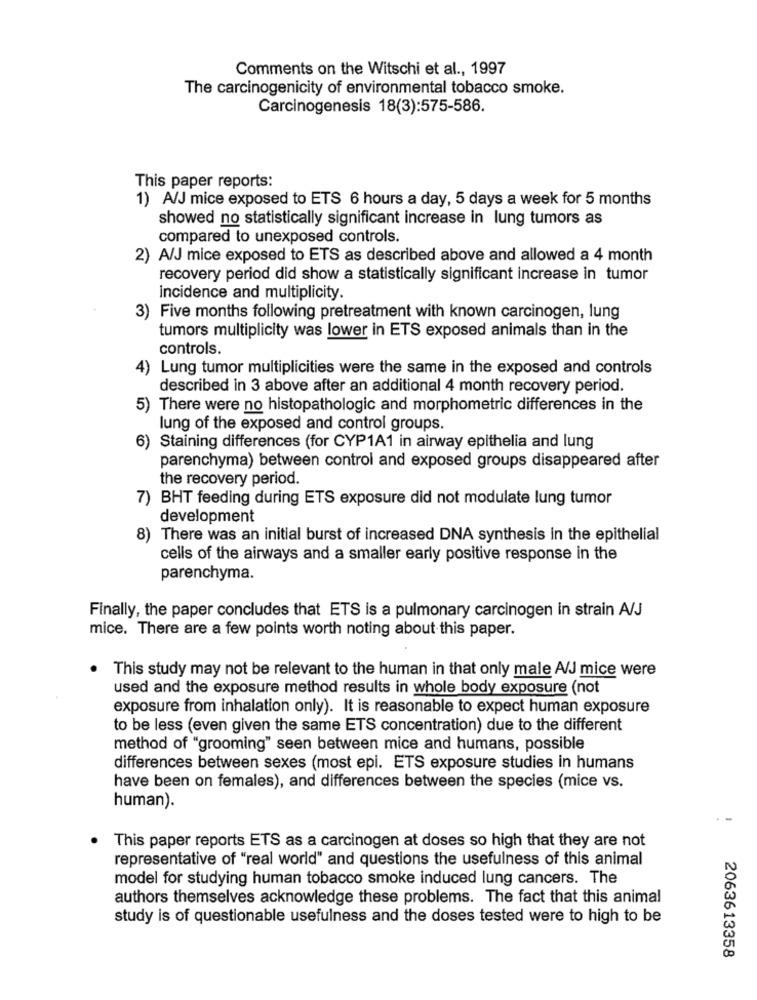
Comments on the Witschi et al ., 1997
The carcinogenicity of environmental tobacco smoke.
Carcinogenesis 18(3):575-586.
This paper reports:
1) A/J mice exposed to ETS 6 hours a day, 5 days a week for 5 months
showed no statistically significant increase in lung tumors as
compared to unexposed controls.
2) A/J mice exposed to ETS as described above and allowed a 4 month
recovery period did show a statistically significant increase in tumor
incidence and multiplicity.
3) Five months following pretreatment with known carcinogen, lung
tumors multiplicity was lower in ETS exposed animals than in the
controls.
4)
Lung tumor multiplicities were the same in the exposed and controls
described in 3 above after an additional 4 month recovery period.
5) There were no histopathologic and morphometric differences in the
lung of the exposed and control groups.
6)
Staining differences (for CYP1A1 in airway epithelia and lung
parenchyma) between control and exposed groups disappeared after
the recovery period.
7) BHT feeding during ETS exposure did not modulate lung tumor
development
8) There was an initial burst of increased DNA synthesis in the epithelial
cells of the airways and a smaller early positive response in the
parenchyma.
Finally, the paper concludes that ETS is a pulmonary carcinogen in strain A/J
mice. There are a few points worth noting about this paper.
.
This study may not be relevant to the human in that only male A/J mice were
used and the exposure method results in whole body exposure (not
exposure from inhalation only). It is reasonable to expect human exposure
to be less (even given the same ETS concentration) due to the different
method of "grooming" seen between mice and humans, possible
differences between sexes (most epi. ETS exposure studies in humans
have been on females), and differences between the species (mice vs.
human).
This paper reports ETS as a carcinogen at doses so high that they are not
representative of "real world" and questions the usefulness of this animal
model for studying human tobacco smoke induced lung cancers. The
authors themselves acknowledge these problems. The fact that this animal
study is of questionable usefulness and the doses tested were to high to be
2063613358